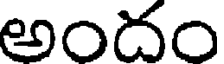
అందం